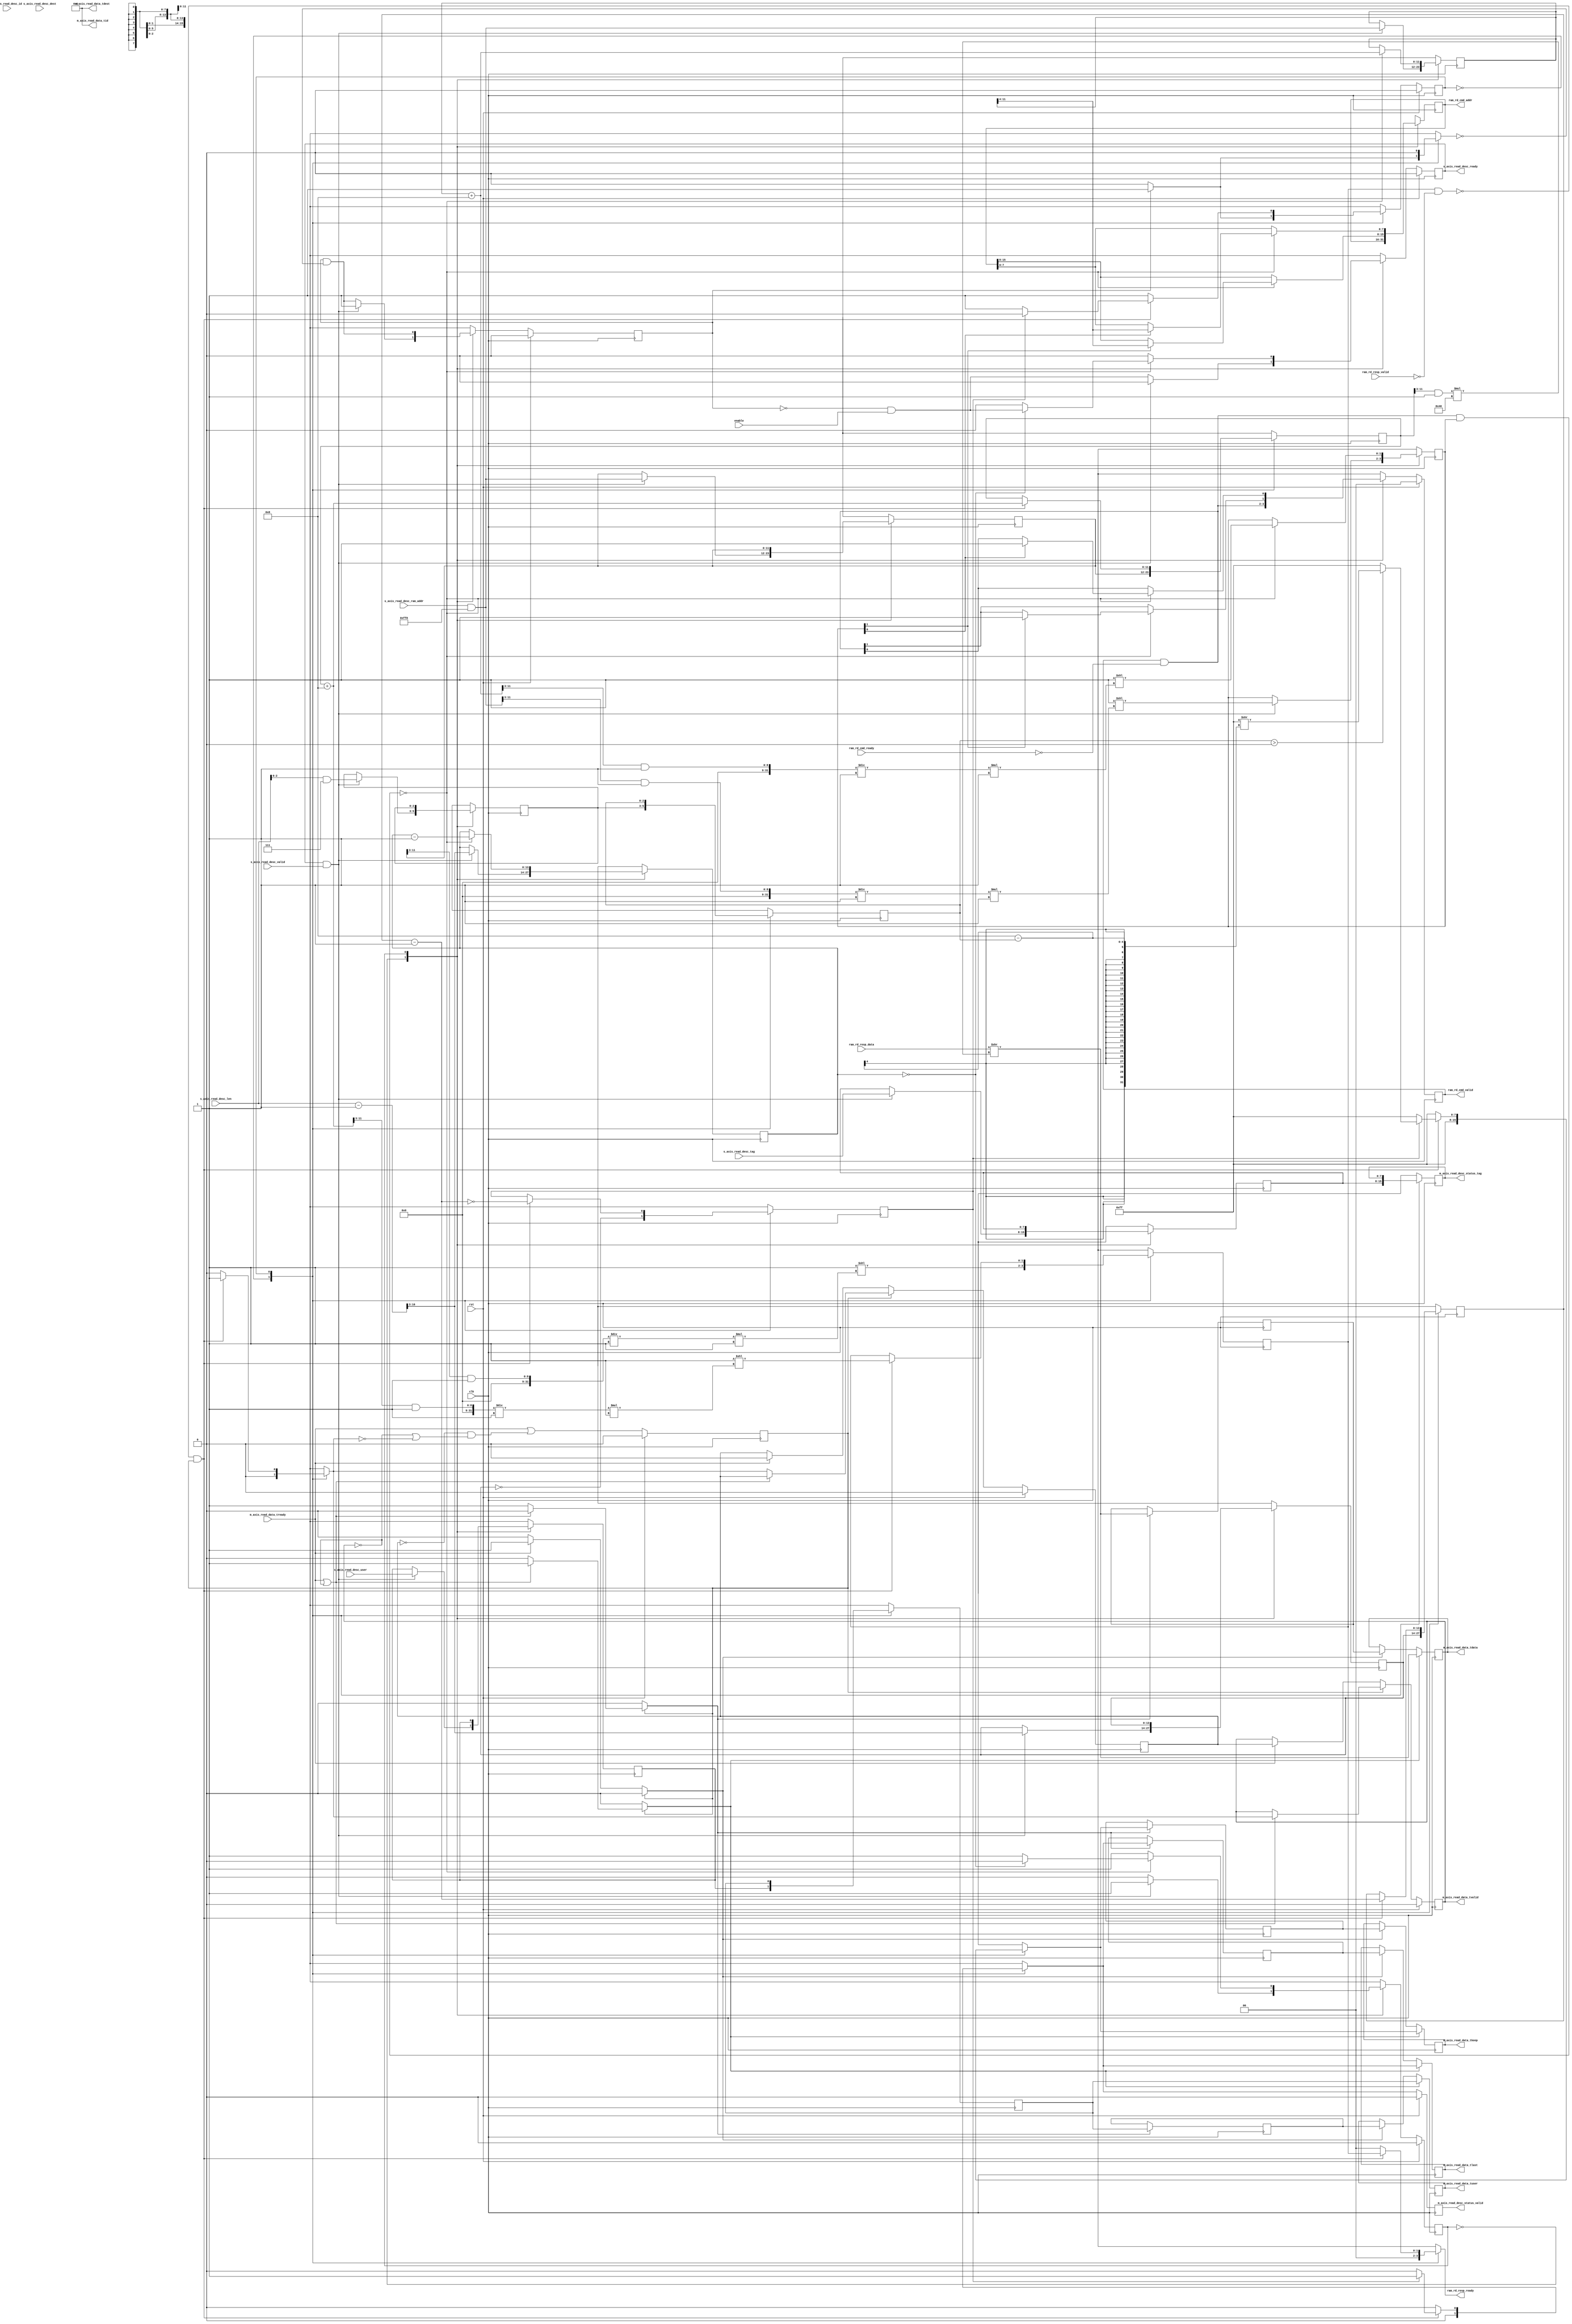
// This program was cloned from: https://github.com/jonas-kaufmann/simbricks-lpn
// License: MIT License

/*

Copyright (c) 2019 Alex Forencich

Permission is hereby granted, free of charge, to any person obtaining a copy
of this software and associated documentation files (the "Software"), to deal
in the Software without restriction, including without limitation the rights
to use, copy, modify, merge, publish, distribute, sublicense, and/or sell
copies of the Software, and to permit persons to whom the Software is
furnished to do so, subject to the following conditions:

The above copyright notice and this permission notice shall be included in
all copies or substantial portions of the Software.

THE SOFTWARE IS PROVIDED "AS IS", WITHOUT WARRANTY OF ANY KIND, EXPRESS OR
IMPLIED, INCLUDING BUT NOT LIMITED TO THE WARRANTIES OF MERCHANTABILITY
FITNESS FOR A PARTICULAR PURPOSE AND NONINFRINGEMENT. IN NO EVENT SHALL THE
AUTHORS OR COPYRIGHT HOLDERS BE LIABLE FOR ANY CLAIM, DAMAGES OR OTHER
LIABILITY, WHETHER IN AN ACTION OF CONTRACT, TORT OR OTHERWISE, ARISING FROM,
OUT OF OR IN CONNECTION WITH THE SOFTWARE OR THE USE OR OTHER DEALINGS IN
THE SOFTWARE.

*/

// Language: Verilog 2001

`timescale 1ns / 1ps

/*
 * AXI stream source DMA client
 */
module dma_client_axis_source #
(
    // RAM segment count
    parameter SEG_COUNT = 2,
    // RAM segment data width
    parameter SEG_DATA_WIDTH = 64,
    // RAM segment address width
    parameter SEG_ADDR_WIDTH = 8,
    // RAM segment byte enable width
    parameter SEG_BE_WIDTH = SEG_DATA_WIDTH/8,
    // RAM address width
    parameter RAM_ADDR_WIDTH = SEG_ADDR_WIDTH+$clog2(SEG_COUNT)+$clog2(SEG_BE_WIDTH),
    // Width of AXI stream interfaces in bits
    parameter AXIS_DATA_WIDTH = SEG_DATA_WIDTH*SEG_COUNT/2,
    // Use AXI stream tkeep signal
    parameter AXIS_KEEP_ENABLE = (AXIS_DATA_WIDTH>8),
    // AXI stream tkeep signal width (words per cycle)
    parameter AXIS_KEEP_WIDTH = (AXIS_DATA_WIDTH/8),
    // Use AXI stream tlast signal
    parameter AXIS_LAST_ENABLE = 1,
    // Propagate AXI stream tid signal
    parameter AXIS_ID_ENABLE = 0,
    // AXI stream tid signal width
    parameter AXIS_ID_WIDTH = 8,
    // Propagate AXI stream tdest signal
    parameter AXIS_DEST_ENABLE = 0,
    // AXI stream tdest signal width
    parameter AXIS_DEST_WIDTH = 8,
    // Propagate AXI stream tuser signal
    parameter AXIS_USER_ENABLE = 1,
    // AXI stream tuser signal width
    parameter AXIS_USER_WIDTH = 1,
    // Width of length field
    parameter LEN_WIDTH = 16,
    // Width of tag field
    parameter TAG_WIDTH = 8
)
(
    input  wire                                 clk,
    input  wire                                 rst,

    /*
     * AXI read descriptor input
     */
    input  wire [RAM_ADDR_WIDTH-1:0]            s_axis_read_desc_ram_addr,
    input  wire [LEN_WIDTH-1:0]                 s_axis_read_desc_len,
    input  wire [TAG_WIDTH-1:0]                 s_axis_read_desc_tag,
    input  wire [AXIS_ID_WIDTH-1:0]             s_axis_read_desc_id,
    input  wire [AXIS_DEST_WIDTH-1:0]           s_axis_read_desc_dest,
    input  wire [AXIS_USER_WIDTH-1:0]           s_axis_read_desc_user,
    input  wire                                 s_axis_read_desc_valid,
    output wire                                 s_axis_read_desc_ready,

    /*
     * AXI read descriptor status output
     */
    output wire [TAG_WIDTH-1:0]                 m_axis_read_desc_status_tag,
    output wire                                 m_axis_read_desc_status_valid,

    /*
     * AXI stream read data output
     */
    output wire [AXIS_DATA_WIDTH-1:0]           m_axis_read_data_tdata,
    output wire [AXIS_KEEP_WIDTH-1:0]           m_axis_read_data_tkeep,
    output wire                                 m_axis_read_data_tvalid,
    input  wire                                 m_axis_read_data_tready,
    output wire                                 m_axis_read_data_tlast,
    output wire [AXIS_ID_WIDTH-1:0]             m_axis_read_data_tid,
    output wire [AXIS_DEST_WIDTH-1:0]           m_axis_read_data_tdest,
    output wire [AXIS_USER_WIDTH-1:0]           m_axis_read_data_tuser,

    /*
     * RAM interface
     */
    output wire [SEG_COUNT*SEG_ADDR_WIDTH-1:0]  ram_rd_cmd_addr,
    output wire [SEG_COUNT-1:0]                 ram_rd_cmd_valid,
    input  wire [SEG_COUNT-1:0]                 ram_rd_cmd_ready,
    input  wire [SEG_COUNT*SEG_DATA_WIDTH-1:0]  ram_rd_resp_data,
    input  wire [SEG_COUNT-1:0]                 ram_rd_resp_valid,
    output wire [SEG_COUNT-1:0]                 ram_rd_resp_ready,

    /*
     * Configuration
     */
    input  wire                                 enable
);

parameter RAM_WORD_WIDTH = SEG_BE_WIDTH;
parameter RAM_WORD_SIZE = SEG_DATA_WIDTH/RAM_WORD_WIDTH;

parameter AXIS_KEEP_WIDTH_INT = AXIS_KEEP_ENABLE ? AXIS_KEEP_WIDTH : 1;
parameter AXIS_WORD_WIDTH = AXIS_KEEP_WIDTH_INT;
parameter AXIS_WORD_SIZE = AXIS_DATA_WIDTH/AXIS_WORD_WIDTH;

parameter PART_COUNT = SEG_COUNT*SEG_BE_WIDTH / AXIS_KEEP_WIDTH_INT;
parameter PART_COUNT_WIDTH = PART_COUNT > 1 ? $clog2(PART_COUNT) : 1;
parameter PART_OFFSET_WIDTH = AXIS_KEEP_WIDTH_INT > 1 ? $clog2(AXIS_KEEP_WIDTH_INT) : 1;
parameter PARTS_PER_SEG = (SEG_BE_WIDTH + AXIS_KEEP_WIDTH_INT - 1) / AXIS_KEEP_WIDTH_INT;
parameter SEGS_PER_PART = (AXIS_KEEP_WIDTH_INT + SEG_BE_WIDTH - 1) / SEG_BE_WIDTH;

parameter OFFSET_WIDTH = AXIS_KEEP_WIDTH_INT > 1 ? $clog2(AXIS_KEEP_WIDTH_INT) : 1;
parameter OFFSET_MASK = AXIS_KEEP_WIDTH_INT > 1 ? {OFFSET_WIDTH{1'b1}} : 0;
parameter ADDR_MASK = {RAM_ADDR_WIDTH{1'b1}} << $clog2(AXIS_KEEP_WIDTH_INT);
parameter CYCLE_COUNT_WIDTH = LEN_WIDTH - $clog2(AXIS_KEEP_WIDTH_INT) + 1;

// bus width assertions
initial begin
    if (RAM_WORD_SIZE * SEG_BE_WIDTH != SEG_DATA_WIDTH) begin
        $error("Error: RAM data width not evenly divisble (instance %m)");
        $finish;
    end

    if (AXIS_WORD_SIZE * AXIS_KEEP_WIDTH_INT != AXIS_DATA_WIDTH) begin
        $error("Error: AXI stream data width not evenly divisble (instance %m)");
        $finish;
    end

    if (RAM_WORD_SIZE != AXIS_WORD_SIZE) begin
        $error("Error: word size mismatch (instance %m)");
        $finish;
    end

    if (2**$clog2(RAM_WORD_WIDTH) != RAM_WORD_WIDTH) begin
        $error("Error: RAM word width must be even power of two (instance %m)");
        $finish;
    end

    if (RAM_ADDR_WIDTH != SEG_ADDR_WIDTH+$clog2(SEG_COUNT)+$clog2(SEG_BE_WIDTH)) begin
        $error("Error: RAM_ADDR_WIDTH does not match RAM configuration (instance %m)");
        $finish;
    end

    if (AXIS_DATA_WIDTH > SEG_COUNT*SEG_DATA_WIDTH) begin
        $error("Error: AXI stream interface width must not be wider than RAM interface width (instance %m)");
        $finish;
    end

    if (AXIS_DATA_WIDTH*2**PART_COUNT_WIDTH != SEG_COUNT*SEG_DATA_WIDTH) begin
        $error("Error: AXI stream interface width must be a power of two fraction of RAM interface width (instance %m)");
        $finish;
    end
end

localparam [0:0]
    READ_STATE_IDLE = 1'd0,
    READ_STATE_READ = 1'd1;

reg [0:0] read_state_reg = READ_STATE_IDLE, read_state_next;

localparam [0:0]
    AXIS_STATE_IDLE = 1'd0,
    AXIS_STATE_READ = 1'd1;

reg [0:0] axis_state_reg = AXIS_STATE_IDLE, axis_state_next;

// datapath control signals
reg axis_cmd_ready;

integer i;

reg [RAM_ADDR_WIDTH-1:0] read_addr_reg = {RAM_ADDR_WIDTH{1'b0}}, read_addr_next;
reg [SEG_COUNT-1:0] read_ram_mask_reg = 0, read_ram_mask_next;
reg [CYCLE_COUNT_WIDTH-1:0] read_cycle_count_reg = {CYCLE_COUNT_WIDTH{1'b0}}, read_cycle_count_next;

reg [RAM_ADDR_WIDTH-1:0] axis_cmd_addr_reg = {RAM_ADDR_WIDTH{1'b0}}, axis_cmd_addr_next;
reg [OFFSET_WIDTH-1:0] axis_cmd_last_cycle_offset_reg = {OFFSET_WIDTH{1'b0}}, axis_cmd_last_cycle_offset_next;
reg [CYCLE_COUNT_WIDTH-1:0] axis_cmd_cycle_count_reg = {CYCLE_COUNT_WIDTH{1'b0}}, axis_cmd_cycle_count_next;
reg [TAG_WIDTH-1:0] axis_cmd_tag_reg = {TAG_WIDTH{1'b0}}, axis_cmd_tag_next;
reg [AXIS_ID_WIDTH-1:0] axis_cmd_axis_id_reg = {AXIS_ID_WIDTH{1'b0}}, axis_cmd_axis_id_next;
reg [AXIS_DEST_WIDTH-1:0] axis_cmd_axis_dest_reg = {AXIS_DEST_WIDTH{1'b0}}, axis_cmd_axis_dest_next;
reg [AXIS_USER_WIDTH-1:0] axis_cmd_axis_user_reg = {AXIS_USER_WIDTH{1'b0}}, axis_cmd_axis_user_next;
reg axis_cmd_valid_reg = 1'b0, axis_cmd_valid_next;

reg [RAM_ADDR_WIDTH-1:0] addr_reg = {RAM_ADDR_WIDTH{1'b0}}, addr_next;
reg [SEG_COUNT-1:0] ram_mask_reg = 0, ram_mask_next;
reg [OFFSET_WIDTH-1:0] last_cycle_offset_reg = {OFFSET_WIDTH{1'b0}}, last_cycle_offset_next;
reg [CYCLE_COUNT_WIDTH-1:0] cycle_count_reg = {CYCLE_COUNT_WIDTH{1'b0}}, cycle_count_next;
reg last_cycle_reg = 1'b0, last_cycle_next;

reg [AXIS_ID_WIDTH-1:0] axis_id_reg = {AXIS_ID_WIDTH{1'b0}}, axis_id_next;
reg [AXIS_DEST_WIDTH-1:0] axis_dest_reg = {AXIS_DEST_WIDTH{1'b0}}, axis_dest_next;
reg [AXIS_USER_WIDTH-1:0] axis_user_reg = {AXIS_USER_WIDTH{1'b0}}, axis_user_next;

reg s_axis_read_desc_ready_reg = 1'b0, s_axis_read_desc_ready_next;

reg [TAG_WIDTH-1:0] m_axis_read_desc_status_tag_reg = {TAG_WIDTH{1'b0}}, m_axis_read_desc_status_tag_next;
reg m_axis_read_desc_status_valid_reg = 1'b0, m_axis_read_desc_status_valid_next;

reg [SEG_COUNT*SEG_ADDR_WIDTH-1:0] ram_rd_cmd_addr_reg = 0, ram_rd_cmd_addr_next;
reg [SEG_COUNT-1:0] ram_rd_cmd_valid_reg = 0, ram_rd_cmd_valid_next;
reg [SEG_COUNT-1:0] ram_rd_resp_ready_cmb;

// internal datapath
reg  [AXIS_DATA_WIDTH-1:0] m_axis_read_data_tdata_int;
reg  [AXIS_KEEP_WIDTH-1:0] m_axis_read_data_tkeep_int;
reg                        m_axis_read_data_tvalid_int;
reg                        m_axis_read_data_tready_int_reg = 1'b0;
reg                        m_axis_read_data_tlast_int;
reg  [AXIS_ID_WIDTH-1:0]   m_axis_read_data_tid_int;
reg  [AXIS_DEST_WIDTH-1:0] m_axis_read_data_tdest_int;
reg  [AXIS_USER_WIDTH-1:0] m_axis_read_data_tuser_int;
wire                       m_axis_read_data_tready_int_early;

assign s_axis_read_desc_ready = s_axis_read_desc_ready_reg;

assign m_axis_read_desc_status_tag = m_axis_read_desc_status_tag_reg;
assign m_axis_read_desc_status_valid = m_axis_read_desc_status_valid_reg;

assign ram_rd_cmd_addr = ram_rd_cmd_addr_reg;
assign ram_rd_cmd_valid = ram_rd_cmd_valid_reg;
assign ram_rd_resp_ready = ram_rd_resp_ready_cmb;

always @* begin
    read_state_next = READ_STATE_IDLE;

    s_axis_read_desc_ready_next = 1'b0;

    ram_rd_cmd_addr_next = ram_rd_cmd_addr_reg;
    ram_rd_cmd_valid_next = ram_rd_cmd_valid_reg & ~ram_rd_cmd_ready;

    read_addr_next = read_addr_reg;
    read_ram_mask_next = read_ram_mask_reg;
    read_cycle_count_next = read_cycle_count_reg;

    axis_cmd_addr_next = axis_cmd_addr_reg;
    axis_cmd_last_cycle_offset_next = axis_cmd_last_cycle_offset_reg;
    axis_cmd_cycle_count_next = axis_cmd_cycle_count_reg;
    axis_cmd_tag_next = axis_cmd_tag_reg;
    axis_cmd_axis_id_next = axis_cmd_axis_id_reg;
    axis_cmd_axis_dest_next = axis_cmd_axis_dest_reg;
    axis_cmd_axis_user_next = axis_cmd_axis_user_reg;
    axis_cmd_valid_next = axis_cmd_valid_reg && !axis_cmd_ready;

    case (read_state_reg)
        READ_STATE_IDLE: begin
            // idle state - load new descriptor to start operation
            s_axis_read_desc_ready_next = !axis_cmd_valid_reg && enable;

            if (s_axis_read_desc_ready && s_axis_read_desc_valid) begin

                read_addr_next = s_axis_read_desc_ram_addr & ADDR_MASK;

                if (PART_COUNT > 1) begin
                    read_ram_mask_next = {SEGS_PER_PART{1'b1}} << ((((read_addr_next >> PART_OFFSET_WIDTH) & ({PART_COUNT_WIDTH{1'b1}})) / PARTS_PER_SEG) * SEGS_PER_PART);
                end else begin
                    read_ram_mask_next = {SEG_COUNT{1'b1}};
                end

                axis_cmd_addr_next = s_axis_read_desc_ram_addr & ADDR_MASK;
                axis_cmd_last_cycle_offset_next = s_axis_read_desc_len & OFFSET_MASK;

                axis_cmd_tag_next = s_axis_read_desc_tag;

                axis_cmd_axis_id_next = s_axis_read_desc_id;
                axis_cmd_axis_dest_next = s_axis_read_desc_dest;
                axis_cmd_axis_user_next = s_axis_read_desc_user;

                axis_cmd_cycle_count_next = (s_axis_read_desc_len - 1) >> $clog2(AXIS_KEEP_WIDTH_INT);
                read_cycle_count_next = (s_axis_read_desc_len - 1) >> $clog2(AXIS_KEEP_WIDTH_INT);

                axis_cmd_valid_next = 1'b1;

                s_axis_read_desc_ready_next = 1'b0;
                read_state_next = READ_STATE_READ;
            end else begin
                read_state_next = READ_STATE_IDLE;
            end
        end
        READ_STATE_READ: begin
            // read state - start new read operations

            if (!(ram_rd_cmd_valid & ~ram_rd_cmd_ready & read_ram_mask_reg)) begin

                // update counters
                read_addr_next = read_addr_reg + AXIS_KEEP_WIDTH_INT;
                read_cycle_count_next = read_cycle_count_reg - 1;

                if (PART_COUNT > 1) begin
                    read_ram_mask_next = {SEGS_PER_PART{1'b1}} << ((((read_addr_next >> PART_OFFSET_WIDTH) & ({PART_COUNT_WIDTH{1'b1}})) / PARTS_PER_SEG) * SEGS_PER_PART);
                end else begin
                    read_ram_mask_next = {SEG_COUNT{1'b1}};
                end

                for (i = 0; i < SEG_COUNT; i = i + 1) begin
                    if (read_ram_mask_reg[i]) begin
                        ram_rd_cmd_addr_next[i*SEG_ADDR_WIDTH +: SEG_ADDR_WIDTH] = read_addr_reg[RAM_ADDR_WIDTH-1:RAM_ADDR_WIDTH-SEG_ADDR_WIDTH];
                        ram_rd_cmd_valid_next[i] = 1'b1;
                    end
                end

                if (read_cycle_count_reg == 0) begin
                    s_axis_read_desc_ready_next = !axis_cmd_valid_reg && enable;
                    read_state_next = READ_STATE_IDLE;
                end else begin
                    read_state_next = READ_STATE_READ;
                end
            end else begin
                read_state_next = READ_STATE_READ;
            end
        end
    endcase
end

always @* begin
    axis_state_next = AXIS_STATE_IDLE;

    m_axis_read_desc_status_tag_next = m_axis_read_desc_status_tag_reg;
    m_axis_read_desc_status_valid_next = 1'b0;

    m_axis_read_data_tdata_int = ram_rd_resp_data >> (((addr_reg >> PART_OFFSET_WIDTH) & {PART_COUNT_WIDTH{1'b1}}) * AXIS_DATA_WIDTH);
    m_axis_read_data_tkeep_int = {AXIS_KEEP_WIDTH{1'b1}};
    m_axis_read_data_tlast_int = 1'b0;
    m_axis_read_data_tvalid_int = 1'b0;
    m_axis_read_data_tid_int = axis_id_reg;
    m_axis_read_data_tdest_int = axis_dest_reg;
    m_axis_read_data_tuser_int = axis_user_reg;

    ram_rd_resp_ready_cmb = {SEG_COUNT{1'b0}};

    axis_cmd_ready = 1'b0;

    addr_next = addr_reg;
    ram_mask_next = ram_mask_reg;
    last_cycle_offset_next = last_cycle_offset_reg;
    cycle_count_next = cycle_count_reg;
    last_cycle_next = last_cycle_reg;

    axis_id_next = axis_id_reg;
    axis_dest_next = axis_dest_reg;
    axis_user_next = axis_user_reg;

    case (axis_state_reg)
        AXIS_STATE_IDLE: begin
            // idle state - load new descriptor to start operation

            // store transfer parameters
            addr_next = axis_cmd_addr_reg;
            last_cycle_offset_next = axis_cmd_last_cycle_offset_reg;
            cycle_count_next = axis_cmd_cycle_count_reg;
            last_cycle_next = axis_cmd_cycle_count_reg == 0;

            if (PART_COUNT > 1) begin
                ram_mask_next = {SEGS_PER_PART{1'b1}} << ((((addr_next >> PART_OFFSET_WIDTH) & ({PART_COUNT_WIDTH{1'b1}})) / PARTS_PER_SEG) * SEGS_PER_PART);
            end else begin
                ram_mask_next = {SEG_COUNT{1'b1}};
            end
            
            m_axis_read_desc_status_tag_next = axis_cmd_tag_reg;
            axis_id_next = axis_cmd_axis_id_reg;
            axis_dest_next = axis_cmd_axis_dest_reg;
            axis_user_next = axis_cmd_axis_user_reg;

            if (axis_cmd_valid_reg) begin
                axis_cmd_ready = 1'b1;
                axis_state_next = AXIS_STATE_READ;
            end
        end
        AXIS_STATE_READ: begin
            // handle read data
            ram_rd_resp_ready_cmb = {SEG_COUNT{1'b0}};

            if (!(ram_mask_reg & ~ram_rd_resp_valid) && m_axis_read_data_tready_int_reg) begin
                // transfer in read data
                ram_rd_resp_ready_cmb = ram_mask_reg;

                // update counters
                addr_next = addr_reg + AXIS_KEEP_WIDTH_INT;
                cycle_count_next = cycle_count_reg - 1;
                last_cycle_next = cycle_count_next == 0;

                if (PART_COUNT > 1) begin
                    ram_mask_next = {SEGS_PER_PART{1'b1}} << ((((addr_next >> PART_OFFSET_WIDTH) & ({PART_COUNT_WIDTH{1'b1}})) / PARTS_PER_SEG) * SEGS_PER_PART);
                end else begin
                    ram_mask_next = {SEG_COUNT{1'b1}};
                end

                m_axis_read_data_tdata_int = ram_rd_resp_data >> (((addr_reg >> PART_OFFSET_WIDTH) & {PART_COUNT_WIDTH{1'b1}}) * AXIS_DATA_WIDTH);
                m_axis_read_data_tkeep_int = {AXIS_KEEP_WIDTH_INT{1'b1}};
                m_axis_read_data_tvalid_int = 1'b1;

                if (last_cycle_reg) begin
                    // no more data to transfer, finish operation
                    if (last_cycle_offset_reg > 0) begin
                        m_axis_read_data_tkeep_int = {AXIS_KEEP_WIDTH_INT{1'b1}} >> (AXIS_KEEP_WIDTH_INT - last_cycle_offset_reg);
                    end
                    m_axis_read_data_tlast_int = 1'b1;

                    m_axis_read_desc_status_valid_next = 1'b1;

                    axis_state_next = AXIS_STATE_IDLE;
                end else begin
                    // more cycles in AXI transfer
                    axis_state_next = AXIS_STATE_READ;
                end
            end else begin
                axis_state_next = AXIS_STATE_READ;
            end
        end
    endcase
end

always @(posedge clk) begin
    read_state_reg <= read_state_next;
    axis_state_reg <= axis_state_next;

    s_axis_read_desc_ready_reg <= s_axis_read_desc_ready_next;

    m_axis_read_desc_status_tag_reg <= m_axis_read_desc_status_tag_next;
    m_axis_read_desc_status_valid_reg <= m_axis_read_desc_status_valid_next;

    ram_rd_cmd_addr_reg <= ram_rd_cmd_addr_next;
    ram_rd_cmd_valid_reg <= ram_rd_cmd_valid_next;

    read_addr_reg <= read_addr_next;
    read_ram_mask_reg <= read_ram_mask_next;
    read_cycle_count_reg <= read_cycle_count_next;

    axis_cmd_addr_reg <= axis_cmd_addr_next;
    axis_cmd_last_cycle_offset_reg <= axis_cmd_last_cycle_offset_next;
    axis_cmd_cycle_count_reg <= axis_cmd_cycle_count_next;
    axis_cmd_tag_reg <= axis_cmd_tag_next;
    axis_cmd_axis_id_reg <= axis_cmd_axis_id_next;
    axis_cmd_axis_dest_reg <= axis_cmd_axis_dest_next;
    axis_cmd_axis_user_reg <= axis_cmd_axis_user_next;
    axis_cmd_valid_reg <= axis_cmd_valid_next;

    addr_reg <= addr_next;
    ram_mask_reg <= ram_mask_next;
    last_cycle_offset_reg <= last_cycle_offset_next;
    cycle_count_reg <= cycle_count_next;
    last_cycle_reg <= last_cycle_next;

    axis_id_reg <= axis_id_next;
    axis_dest_reg <= axis_dest_next;
    axis_user_reg <= axis_user_next;

    if (rst) begin
        read_state_reg <= READ_STATE_IDLE;
        axis_state_reg <= AXIS_STATE_IDLE;

        axis_cmd_valid_reg <= 1'b0;

        s_axis_read_desc_ready_reg <= 1'b0;
        m_axis_read_desc_status_valid_reg <= 1'b0;

        ram_rd_cmd_valid_reg <= {SEG_COUNT{1'b0}};
    end
end

// output datapath logic
reg [AXIS_DATA_WIDTH-1:0] m_axis_read_data_tdata_reg  = {AXIS_DATA_WIDTH{1'b0}};
reg [AXIS_KEEP_WIDTH-1:0] m_axis_read_data_tkeep_reg  = {AXIS_KEEP_WIDTH{1'b0}};
reg                       m_axis_read_data_tvalid_reg = 1'b0, m_axis_read_data_tvalid_next;
reg                       m_axis_read_data_tlast_reg  = 1'b0;
reg [AXIS_ID_WIDTH-1:0]   m_axis_read_data_tid_reg    = {AXIS_ID_WIDTH{1'b0}};
reg [AXIS_DEST_WIDTH-1:0] m_axis_read_data_tdest_reg  = {AXIS_DEST_WIDTH{1'b0}};
reg [AXIS_USER_WIDTH-1:0] m_axis_read_data_tuser_reg  = {AXIS_USER_WIDTH{1'b0}};

reg [AXIS_DATA_WIDTH-1:0] temp_m_axis_read_data_tdata_reg  = {AXIS_DATA_WIDTH{1'b0}};
reg [AXIS_KEEP_WIDTH-1:0] temp_m_axis_read_data_tkeep_reg  = {AXIS_KEEP_WIDTH{1'b0}};
reg                       temp_m_axis_read_data_tvalid_reg = 1'b0, temp_m_axis_read_data_tvalid_next;
reg                       temp_m_axis_read_data_tlast_reg  = 1'b0;
reg [AXIS_ID_WIDTH-1:0]   temp_m_axis_read_data_tid_reg    = {AXIS_ID_WIDTH{1'b0}};
reg [AXIS_DEST_WIDTH-1:0] temp_m_axis_read_data_tdest_reg  = {AXIS_DEST_WIDTH{1'b0}};
reg [AXIS_USER_WIDTH-1:0] temp_m_axis_read_data_tuser_reg  = {AXIS_USER_WIDTH{1'b0}};

// datapath control
reg store_axis_int_to_output;
reg store_axis_int_to_temp;
reg store_axis_temp_to_output;

assign m_axis_read_data_tdata  = m_axis_read_data_tdata_reg;
assign m_axis_read_data_tkeep  = AXIS_KEEP_ENABLE ? m_axis_read_data_tkeep_reg : {AXIS_KEEP_WIDTH{1'b1}};
assign m_axis_read_data_tvalid = m_axis_read_data_tvalid_reg;
assign m_axis_read_data_tlast  = AXIS_LAST_ENABLE ? m_axis_read_data_tlast_reg : 1'b1;
assign m_axis_read_data_tid    = AXIS_ID_ENABLE   ? m_axis_read_data_tid_reg   : {AXIS_ID_WIDTH{1'b0}};
assign m_axis_read_data_tdest  = AXIS_DEST_ENABLE ? m_axis_read_data_tdest_reg : {AXIS_DEST_WIDTH{1'b0}};
assign m_axis_read_data_tuser  = AXIS_USER_ENABLE ? m_axis_read_data_tuser_reg : {AXIS_USER_WIDTH{1'b0}};

// enable ready input next cycle if output is ready or the temp reg will not be filled on the next cycle (output reg empty or no input)
assign m_axis_read_data_tready_int_early = m_axis_read_data_tready || (!temp_m_axis_read_data_tvalid_reg && (!m_axis_read_data_tvalid_reg || !m_axis_read_data_tvalid_int));

always @* begin
    // transfer sink ready state to source
    m_axis_read_data_tvalid_next = m_axis_read_data_tvalid_reg;
    temp_m_axis_read_data_tvalid_next = temp_m_axis_read_data_tvalid_reg;

    store_axis_int_to_output = 1'b0;
    store_axis_int_to_temp = 1'b0;
    store_axis_temp_to_output = 1'b0;

    if (m_axis_read_data_tready_int_reg) begin
        // input is ready
        if (m_axis_read_data_tready || !m_axis_read_data_tvalid_reg) begin
            // output is ready or currently not valid, transfer data to output
            m_axis_read_data_tvalid_next = m_axis_read_data_tvalid_int;
            store_axis_int_to_output = 1'b1;
        end else begin
            // output is not ready, store input in temp
            temp_m_axis_read_data_tvalid_next = m_axis_read_data_tvalid_int;
            store_axis_int_to_temp = 1'b1;
        end
    end else if (m_axis_read_data_tready) begin
        // input is not ready, but output is ready
        m_axis_read_data_tvalid_next = temp_m_axis_read_data_tvalid_reg;
        temp_m_axis_read_data_tvalid_next = 1'b0;
        store_axis_temp_to_output = 1'b1;
    end
end

always @(posedge clk) begin
    if (rst) begin
        m_axis_read_data_tvalid_reg <= 1'b0;
        m_axis_read_data_tready_int_reg <= 1'b0;
        temp_m_axis_read_data_tvalid_reg <= 1'b0;
    end else begin
        m_axis_read_data_tvalid_reg <= m_axis_read_data_tvalid_next;
        m_axis_read_data_tready_int_reg <= m_axis_read_data_tready_int_early;
        temp_m_axis_read_data_tvalid_reg <= temp_m_axis_read_data_tvalid_next;
    end

    // datapath
    if (store_axis_int_to_output) begin
        m_axis_read_data_tdata_reg <= m_axis_read_data_tdata_int;
        m_axis_read_data_tkeep_reg <= m_axis_read_data_tkeep_int;
        m_axis_read_data_tlast_reg <= m_axis_read_data_tlast_int;
        m_axis_read_data_tid_reg   <= m_axis_read_data_tid_int;
        m_axis_read_data_tdest_reg <= m_axis_read_data_tdest_int;
        m_axis_read_data_tuser_reg <= m_axis_read_data_tuser_int;
    end else if (store_axis_temp_to_output) begin
        m_axis_read_data_tdata_reg <= temp_m_axis_read_data_tdata_reg;
        m_axis_read_data_tkeep_reg <= temp_m_axis_read_data_tkeep_reg;
        m_axis_read_data_tlast_reg <= temp_m_axis_read_data_tlast_reg;
        m_axis_read_data_tid_reg   <= temp_m_axis_read_data_tid_reg;
        m_axis_read_data_tdest_reg <= temp_m_axis_read_data_tdest_reg;
        m_axis_read_data_tuser_reg <= temp_m_axis_read_data_tuser_reg;
    end

    if (store_axis_int_to_temp) begin
        temp_m_axis_read_data_tdata_reg <= m_axis_read_data_tdata_int;
        temp_m_axis_read_data_tkeep_reg <= m_axis_read_data_tkeep_int;
        temp_m_axis_read_data_tlast_reg <= m_axis_read_data_tlast_int;
        temp_m_axis_read_data_tid_reg   <= m_axis_read_data_tid_int;
        temp_m_axis_read_data_tdest_reg <= m_axis_read_data_tdest_int;
        temp_m_axis_read_data_tuser_reg <= m_axis_read_data_tuser_int;
    end
end

endmodule